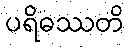
ပရိဓဿတိ